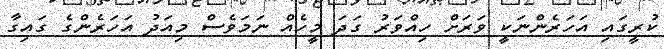
ކުރީގައި އަހަރެންނަކީ ވަރަށް ހިއްވަރު ގަދަ މީހެއް ނަމަވެސް މިއަދު އަހަރެންގެ ގައިގާ